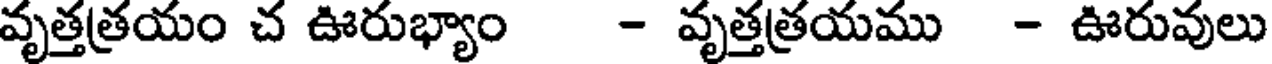
వృత్తత్రయం చ ఊరుభ్యాం - వృత్తత్రయము - ఊరువులు